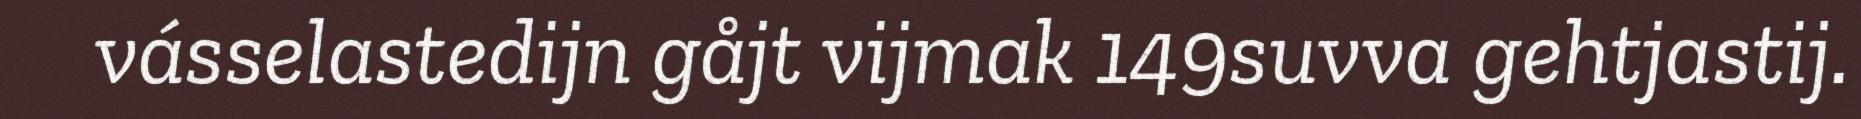
vásselastedijn gåjt vijmak 149suvva gehtjastij.